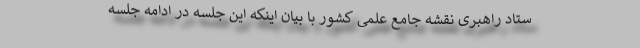
ستاد راهبری نقشه جامع علمی کشور با بیان اینکه این جلسه در ادامه جلسه